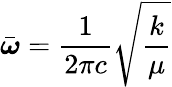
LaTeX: {\bar{\boldsymbol{\omega}}}={\frac{1}{2\pi c}}{\sqrt{\frac{k}{\mu}}}